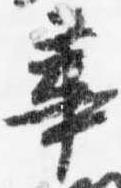
華